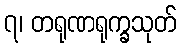
၇၊ တရုဏရုက္ခသုတ်